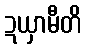
ဍယှာမီတိ